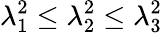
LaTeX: \lambda_{1}^{2}\le\lambda_{2}^{2}\le\lambda_{3}^{2}